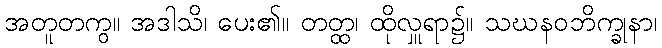
အတူတကွ။ အဒါသိ၊ ပေး၏။ တတ္ထ၊ ထိုလှူရာ၌။ သဃနဝဘိက္ခုနာ၊